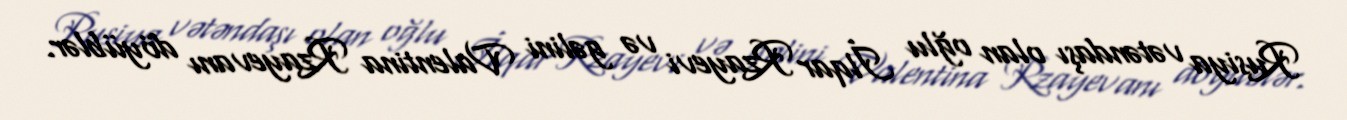
Rusiya vətəndaşı olan oğlu İlqar Rzayevi və gəlini Valentina Rzayevanı döyüblər.